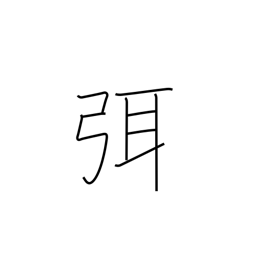
Meaning: cease